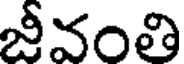
జీవంతి